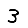
Digit: 3